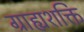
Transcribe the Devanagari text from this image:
ग्राह्यशक्ति